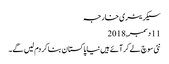
سیکریٹری خارجہ
11 دسمبر, 2018
نئی سوچ لے کر آئے ہیں نیا پاکستان بنا کر دم لیں گے۔